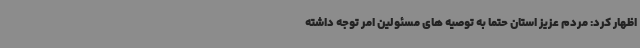
اظهار کرد: مردم عزیز استان حتما به توصیه های مسئولین امر توجه داشته